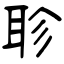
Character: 聄